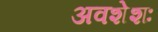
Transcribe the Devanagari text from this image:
अवशेशः